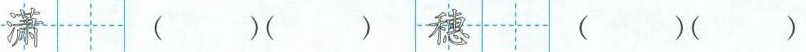
潇（）（） 穗（）（）